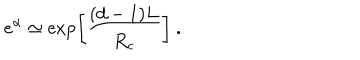
e ^ { \alpha } \simeq \exp \left[ \frac { ( d - 1 ) L } { R _ { c } } \right] \ .